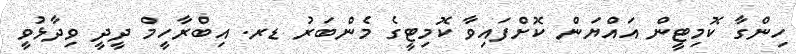
ހިންގާ ކޮމިޓީން އައްޔަން ކޮށްފައިވާ ކޮމިޓީގެ މެންބަރު ޑރ. އިބްރާހީމް ދީދީ ވިދާޅުވީ